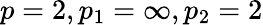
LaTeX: p=2,p_{1}=\infty,p_{2}=2